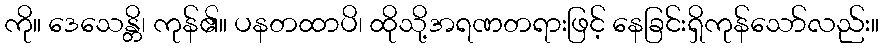
ကို။ ဒေသေန္တိ၊ ကုန်၏။ ပနတထာပိ၊ ထိုသို့အရဏတရားဖြင့် နေခြင်းရှိကုန်သော်လည်း။